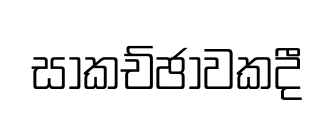
සාකච්ඡාවකදී